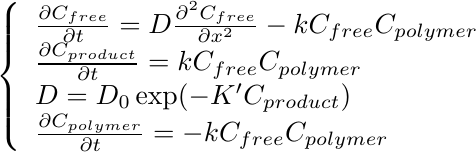
\begin{align*}
  \left\{\begin{array}{l}
    \frac{\partial C_{free}}{\partial t} = D\frac{\partial^2 C_{free}}{\partial x^2} - kC_{free}C_{polymer} \\
    \frac{\partial C_{product}}{\partial t} = kC_{free}C_{polymer} \\
    D = D_0 \exp(-K^{\prime}C_{product}) \\
    \frac{\partial C_{polymer}}{\partial t} = -kC_{free}C_{polymer} \\
  \end{array}\right.
\end{align*}